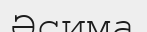
Әсима